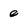
Character: e